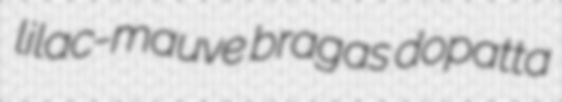
lilac-mauve bragas dopatta